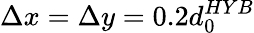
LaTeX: \Delta x=\Delta y=0.2d_{0}^{HYB}